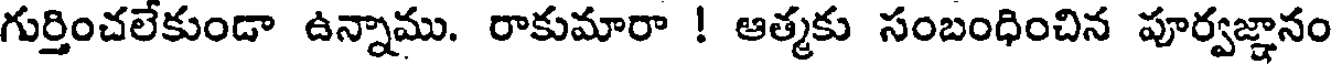
గుర్తించలేకుండా ఉన్నాము. రాకుమారా ! ఆత్మకు సంబంధించిన పూర్వజ్ఞానం